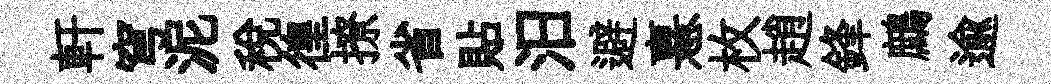
軒穹泥稅徨撩省貼汨避憙枚趙鋒鷓逾